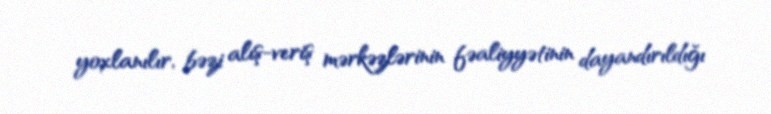
yoxlanılır, bəzi alış-veriş mərkəzlərinin fəaliyyətinin dayandırıldığı